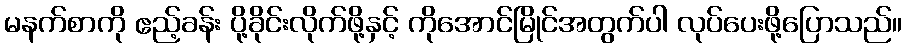
မနက်စာကို ဧည့်ခန်း ပို့ခိုင်းလိုက်ဖို့နှင့် ကိုအောင်မြိုင်အတွက်ပါ လုပ်ပေးဖို့ပြောသည်။